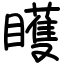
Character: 矆